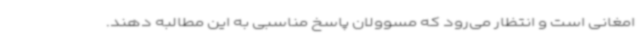
امغانی است و انتظار می‌رود که مسوولان پاسخ مناسبی به این مطالبه دهند.